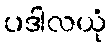
ပဒါလယုံ